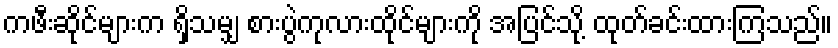
ကဖီးဆိုင်များက ရှိသမျှ စားပွဲကုလားထိုင်များကို အပြင်သို့ ထုတ်ခင်းထားကြသည်။